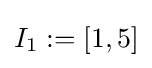
I_{1}:=[1,5]